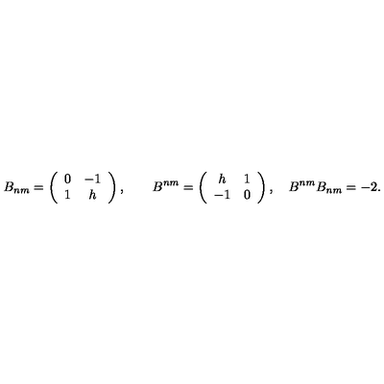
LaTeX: B _ { n m } = \left( \begin{array} { c c } { 0 } & { - 1 } \\ { 1 } & { h } \\ \end{array} \right) , \qquad B ^ { n m } = \left( \begin{array} { c c } { h } & { 1 } \\ { - 1 } & { 0 } \\ \end{array} \right) , \quad B ^ { n m } B _ { n m } = - 2 .